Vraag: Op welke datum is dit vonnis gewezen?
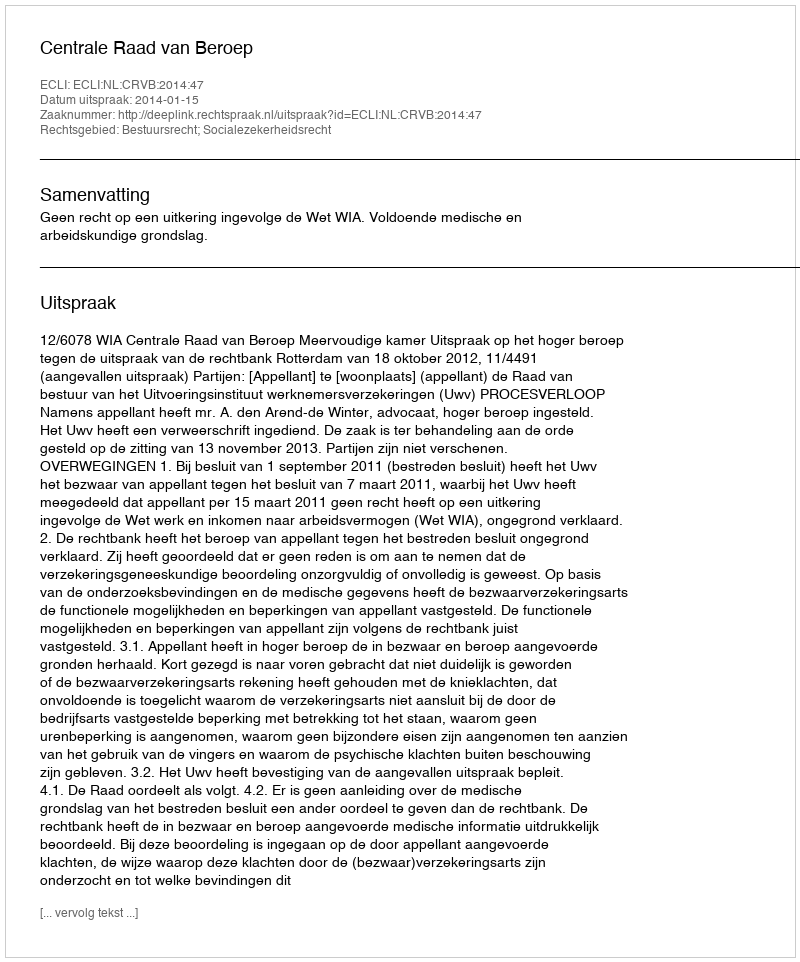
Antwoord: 2014-01-15